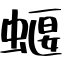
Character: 蝘